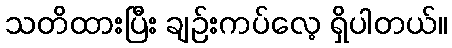
သတိထားပြီး ချဉ်းကပ်လေ့ ရှိပါတယ်။